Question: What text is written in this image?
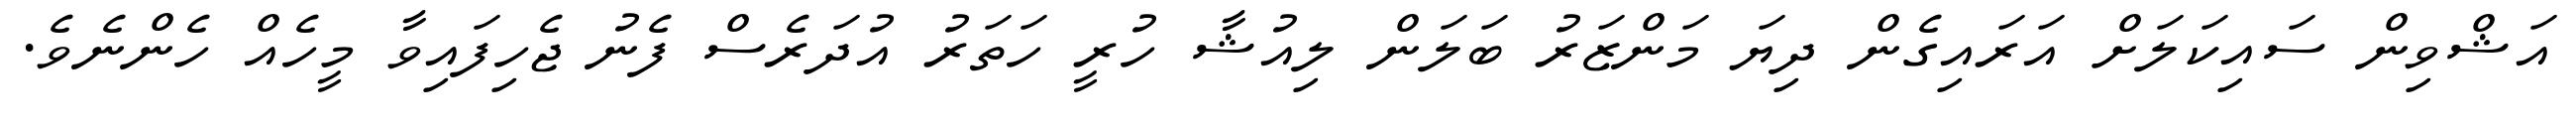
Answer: އަޝްވިން ސައިކަލަށް އަރައިގެން ދިޔަ މަންޒަރު ބަލަން ލިއުޝާ ހުރީ ހަތަރު އުދަރެސް ފެނު ޖެހިފައިވާ މީހެއް ހެންނެވެ.